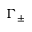
\Gamma _ { \pm }